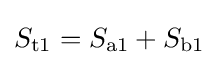
S_{\text{t1}}=S_{\text{a1}}+S_{\text{b1}}